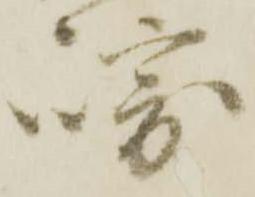
崎